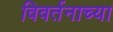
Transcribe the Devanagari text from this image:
विवर्तनाच्या